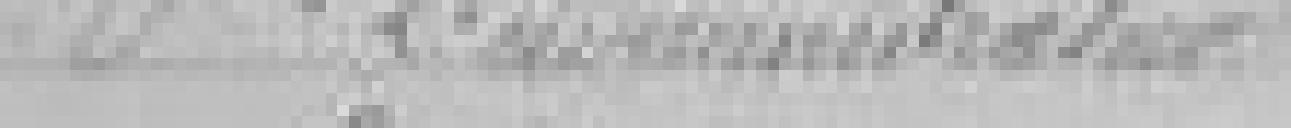
P. l'Administrateur